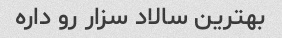
بهترین سالاد سزار رو داره